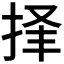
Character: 𪭲